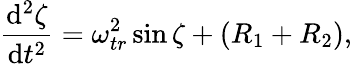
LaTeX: \frac{\mathrm{d}^{2}\zeta}{\mathrm{d}t^{2}}=\omega_{tr}^{2}\sin\zeta+(R_{1}+R_{2}),